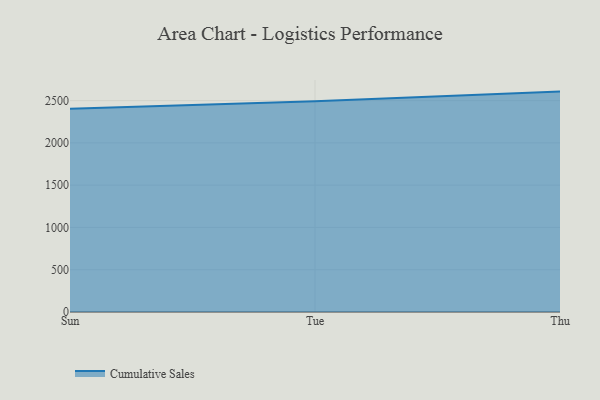
{"axis": {"x": "Day", "y": "Tickets Resolved"}, "legend": ["Cumulative Sales"], "data": [{"x": "Sun", "y": 2405.0, "type": "Cumulative Sales"}, {"x": "Tue", "y": 2491.7, "type": "Cumulative Sales"}, {"x": "Thu", "y": 2606.7, "type": "Cumulative Sales"}]}